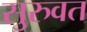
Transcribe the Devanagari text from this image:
सुरुवत